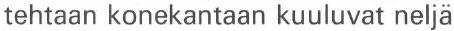
tehtaan konekantaan kuuluvat neljä